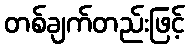
တစ်ချက်တည်းဖြင့်